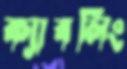
ক্যাবলিং